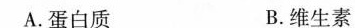
A.蛋白质 B.维生素